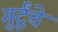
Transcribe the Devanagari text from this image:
गुर्टूंचे